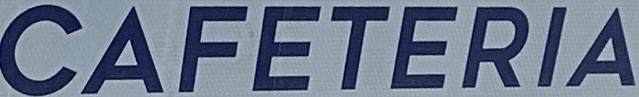
CAFETERIA